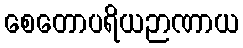
စေတောပရိယဉာဏာယ